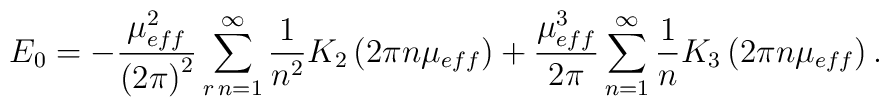
E_{0}=-\frac{\mu _{eff}^{2}}{\left(2\pi \right)^{2}}\sum _{r\, n=1}^{\infty }\frac{1}{n^{2}}K_{2}\left(2\pi n\mu _{eff}\right)+\frac{\mu _{eff}^{3}}{2\pi }\sum _{n=1}^{\infty }\frac{1}{n}K_{3}\left(2\pi n\mu _{eff}\right).